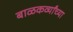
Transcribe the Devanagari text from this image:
बाळकर्व्यांच्या